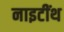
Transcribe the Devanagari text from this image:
नाइटींथ